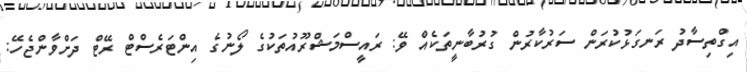
އިގްތިސާދު ރަނގަޅުކުރަން ސަރުކާރުން ގުރުބާނީތަކެއް ވޭ: ރައީސްމަޝްރޫއުތަކުގެ ލޯނުގެ އިންޓަރެސްޓް ރޭޓް ދަށްވާންޖެހޭ: